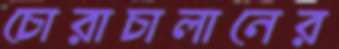
চোরাচালানের